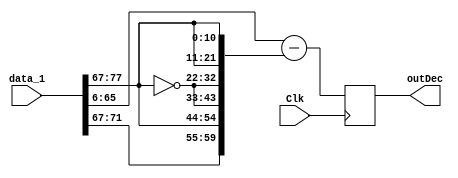
module decrypt_function_2 (Clk,data_1,outDec);
    input Clk;
    input [77:0]data_1;
    reg  [10:0]rand_9;
    output [59:0]outDec;
    reg [59:0]outDec;
    reg [59:0]b;
    reg [60:0]y;
    reg [60:0]x;
    always @(posedge Clk) begin
        rand_9=data_1[77:67];
        b[10:0]=rand_9;
        b[21:11]=rand_9;
        b[32:22]=~rand_9;
        b[43:33]=~rand_9;
        b[54:44]=rand_9;
        b[59:55]=rand_9[4:0];
        y=data_1[66:6];
        x=y-b;
        outDec=x[59:0];
    end
endmodule